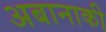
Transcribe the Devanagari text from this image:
अबानाकी